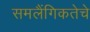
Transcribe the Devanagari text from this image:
समलैंगिकतेचे